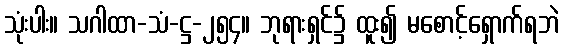
သုံးပါး။ သဂါထာ-သံ-ဋ္ဌ-၂၅၄။ ဘုရားရှင်၌ ထူး၍ မစောင့်ရှောက်ရဘဲ